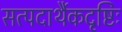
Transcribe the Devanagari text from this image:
सत्पदार्थैकदृष्टिः